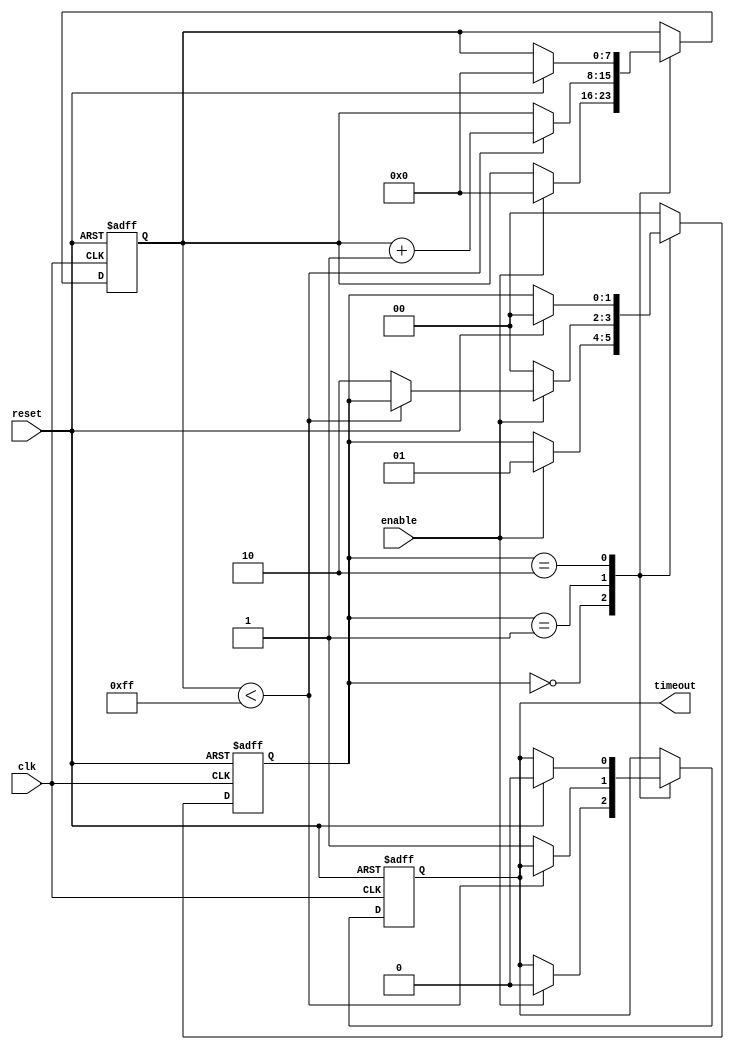
module timeout_counter #(
    parameter MAX_COUNT = 8'hFF  // Adjust this parameter to set the maximum timeout value
)(
    input wire clk,          // Clock input
    input wire reset,        // Asynchronous reset input
    input wire enable,       // Enable input
    output reg timeout       // Timeout output signal
);

    // Counter register
    reg [7:0] count; // 8-bit counter to hold the count; adjust bit-width based on MAX_COUNT

    // State definitions
    localparam IDLE = 2'b00;
    localparam COUNT = 2'b01;
    localparam TIMEOUT = 2'b10;

    // Current state variable
    reg [1:0] state;

    // State transition and counter logic
    always @(posedge clk or posedge reset) begin
        if (reset) begin
            count <= 0;           // Reset counter to zero
            timeout <= 0;         // Reset timeout signal
            state <= IDLE;        // Transition to IDLE state
        end else begin
            case (state)
                IDLE: begin
                    if (enable) begin
                        count <= 0;        // Initialize counting
                        timeout <= 0;      // Ensure timeout is low
                        state <= COUNT;    // Move to COUNT state
                    end
                end
                
                COUNT: begin
                    if (count < MAX_COUNT) begin
                        count <= count + 1; // Increment the counter
                    end else begin
                        timeout <= 1;        // Assert timeout signal
                        state <= TIMEOUT;    // Move to TIMEOUT state
                    end
                    if (!enable) begin
                        state <= IDLE;       // If not enabled, return to IDLE
                    end
                end

                TIMEOUT: begin
                    if (reset) begin
                        count <= 0;           // Reset counter to zero
                        timeout <= 0;         // Reset timeout signal
                        state <= IDLE;        // Move back to IDLE
                    end
                    // Timeout state holds the timeout signal high until reset
                end

                default: begin
                    state <= IDLE;            // Default to IDLE state
                end
            endcase
        end
    end

endmodule